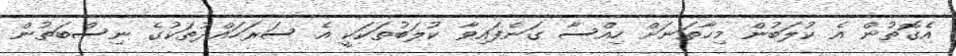
އެގޮތުން އެ ކުލަބުން މިހާތަނަށް ހިއްސާ ގަނެފައިވާ ކުލަބުތަކަކީ އެ ސަރަހައްދުތަކުގެ ނިސްބަތުން